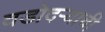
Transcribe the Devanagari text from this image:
वडोदऱ्याची